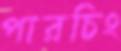
পারচিং